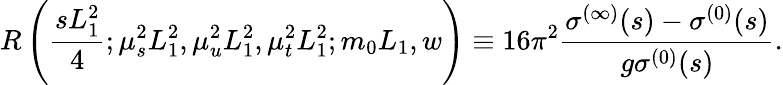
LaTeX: R\left(\frac{sL_{1}^{2}}{4};\mu_{s}^{2}L_{1}^{2},\mu_{u}^{2}L_{1}^{2},\mu_{t}^{2}L_{1}^{2};m_{0}L_{1},w\right)\equiv 16\pi^{2}\frac{\sigma^{(\infty)}(s)-\sigma^{(0)}(s)}{g\sigma^{(0)}(s)}.